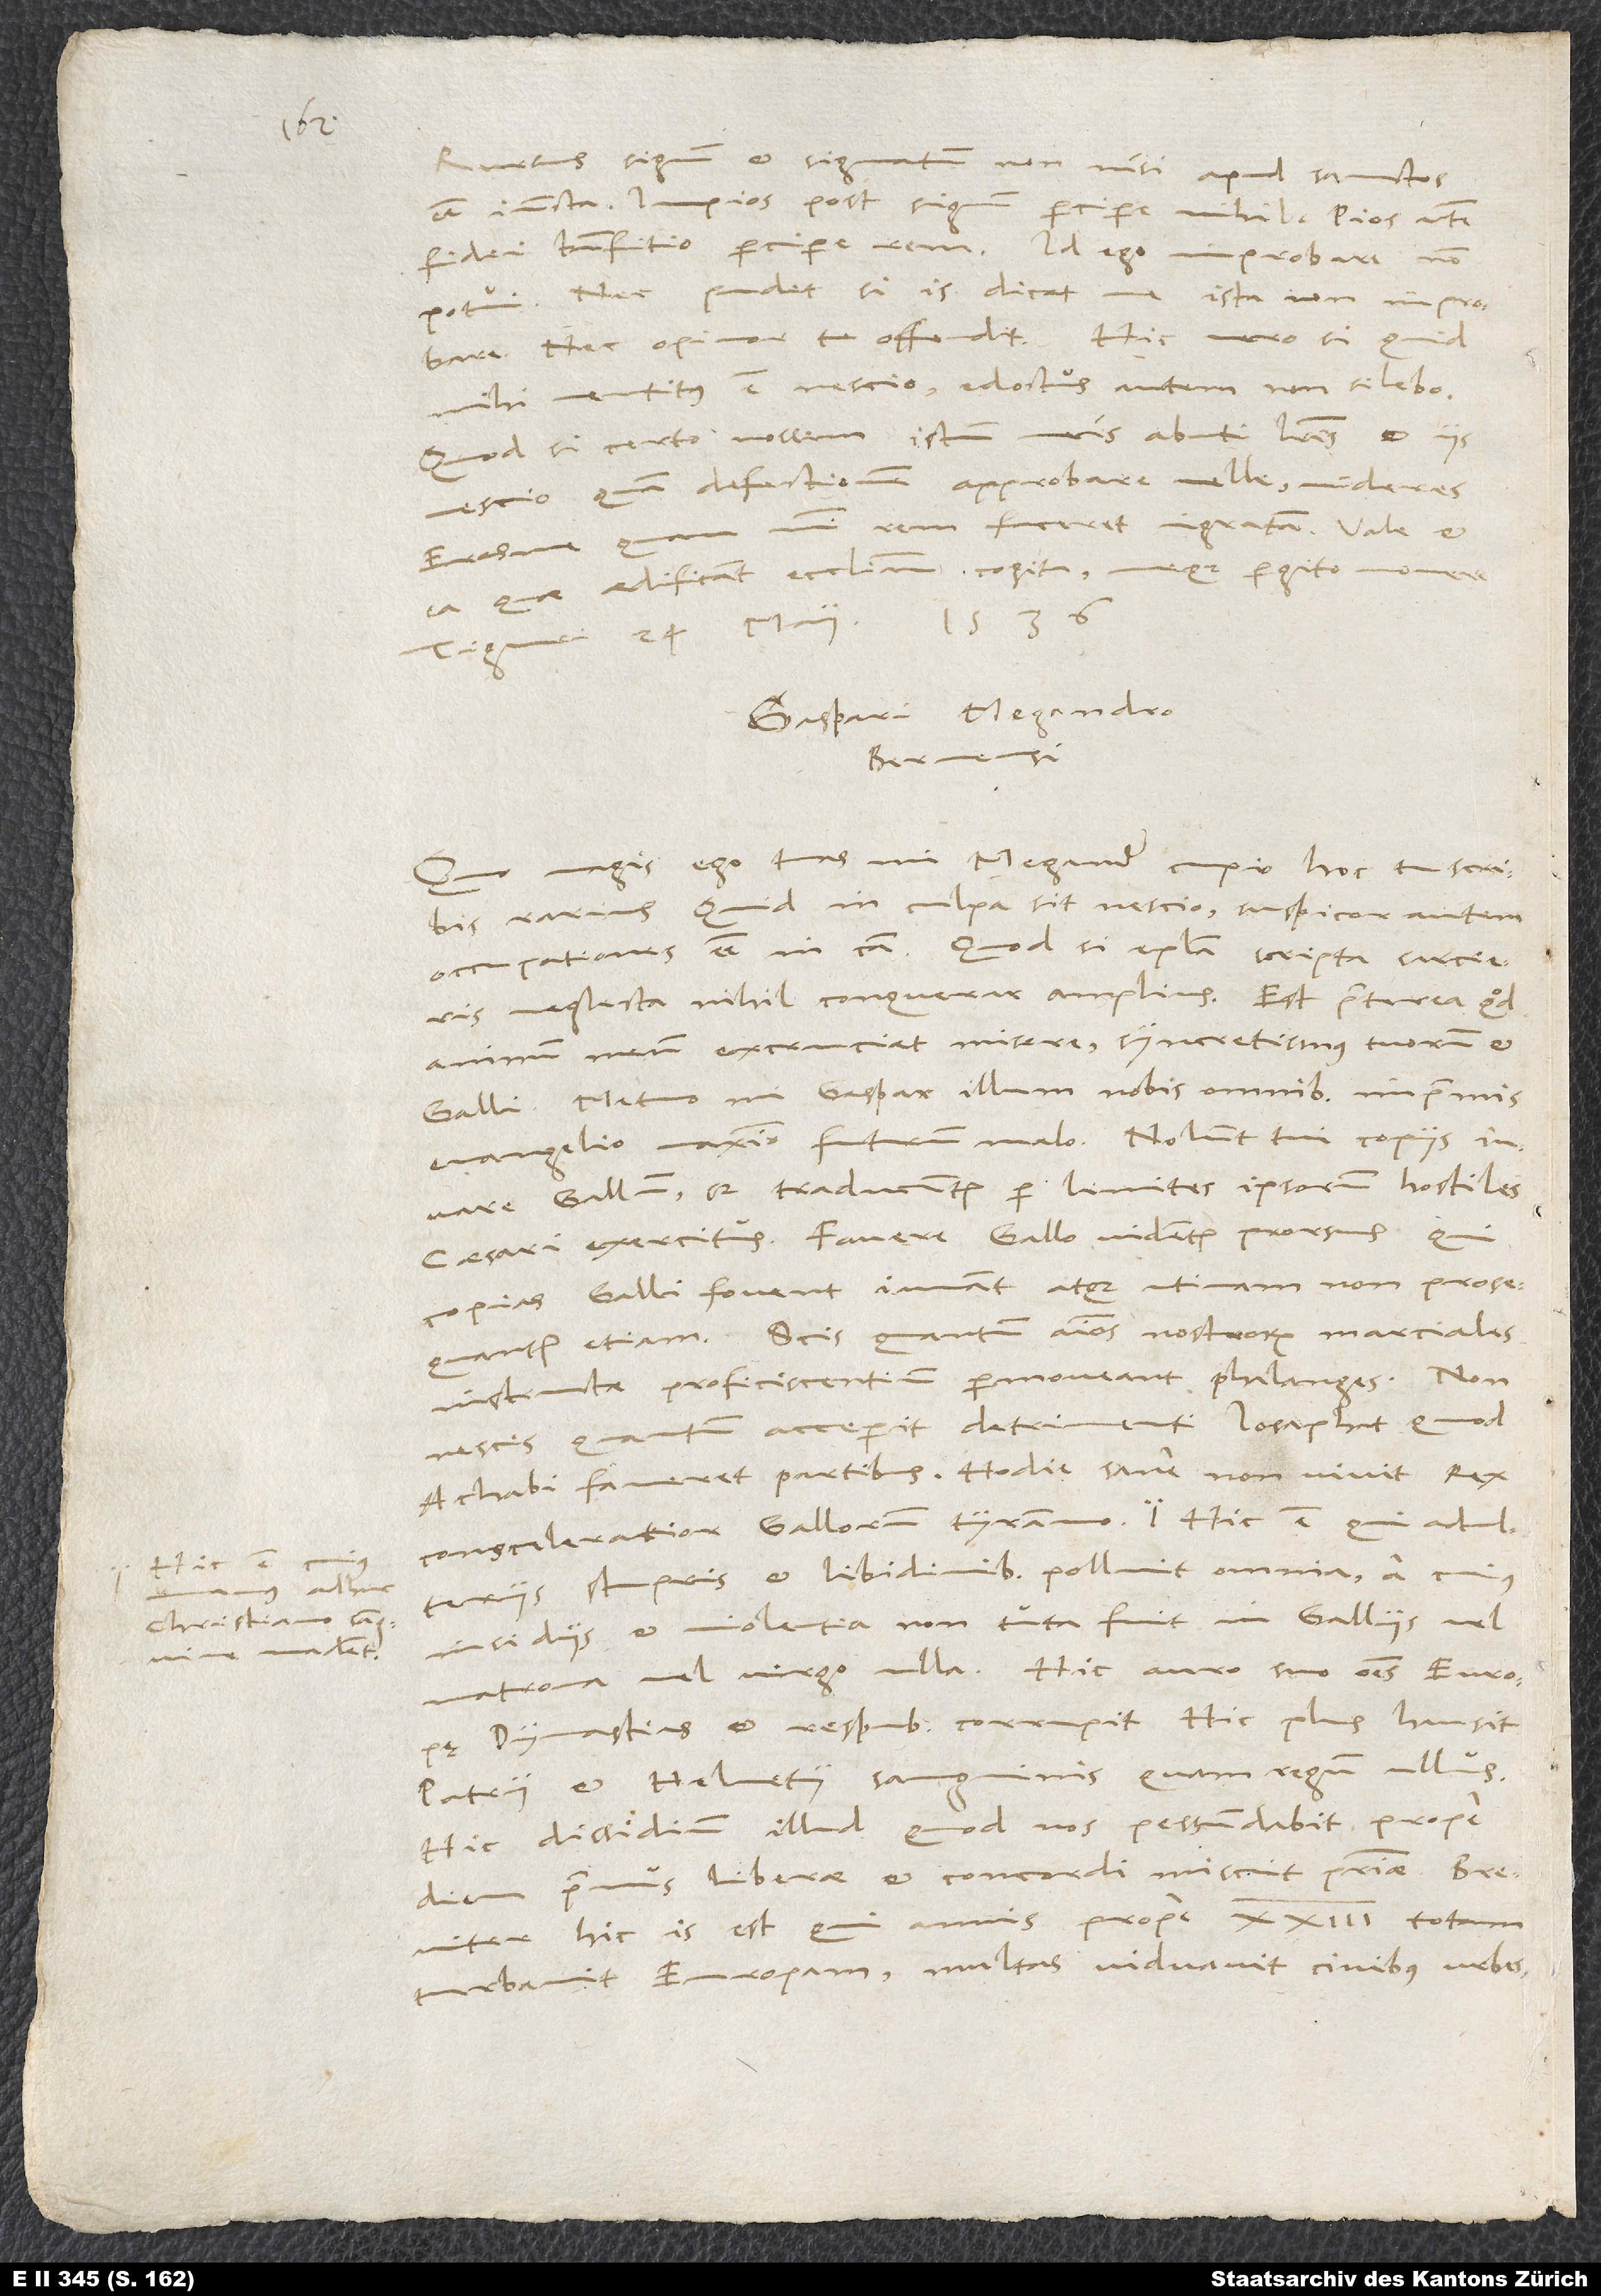
Hic est,
christiano sanguine
madent.

Gaspari Megandro
Bernensi.
Quo magis ego tuas, mi Megander, cupio, hoc tu scribis
rarius. Quid in culpa sit, nescio; suspicor autem
occupationes esse in causa. Quodsi epistola scripta sarcieris
animum meum excruciat misere: syncretismus tuorum et
Galli. Metuo, mi Gaspar, illum nobis omnibus, imprimis
evangelio, maximo futurum malo. Nolunt tui copiis iuvare
Gallum, sed traducuntur per limites ipsorum hostiles
caesari exercitus. Favere Gallo videntur prorsus, qui
copias Galli fovent, iuvant atque utinam non prosequantur
etiam. Scis, quantum animos nostrorum marciales
instructae proficiscentium permoveant phalanges. Non
nescis, quantum acceperit detrimenti losaphat, quod
Achabi faveret partibus.. Hodie sane non vivit rex
consceleratior Gallorum tyranno. Hic est, cuius
adulteriis, stupris et libidinibus polluit omnia, a cuius
insidiis et violentia non tuta fuit in Gallis vel
matrona vel virgo ulla. Hic auro suo omnes Europę
dynastias et respublicas corrupit. Hic plus hausit
patrii et Helvetii sanguinis quam regum ullus.
Hic dissidium illud, quod nos pessumdabit prope
diem, primus liberae et concordi miscuit patriae. Breviter:
Hic is est, qui annis prope 23 totam
turbavit Europam, multas viditavit civibus urbes,